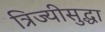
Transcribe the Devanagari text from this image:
त्रिज्यीसुद्धा